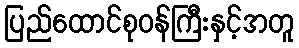
ပြည်ထောင်စုဝန်ကြီးနှင့်အတူ